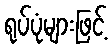
ရုပ်ပုံများဖြင့်